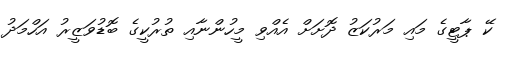
ކޭ ޕާޓީގެ މައި މަރުކަޒު ދޮށަށް އެއްވި މީހުންނާއި ތުރުކީގެ ބޮޑުވަޒީރު އަހްމަދު